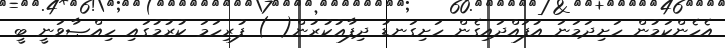
އެހެންކަމުން ހަށިދަމަނަ އުފައްދައިގެން ހަށިގަނޑު ދިފާޢުކުރުން( ) ފުރިހަމަ ކުރުމުގައި ހިއްޞާވަނީ ބީ